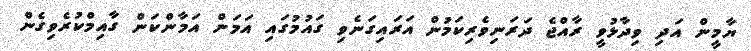
ޔާމީން އަދި ވިދާޅުވީ ރާއްޖެ ދަރަނިވެރިކަމުން އަރައިގަނެވި ގައުމުގައި އަމަން އަމާންކަން ގާއިމްކުރެވިގެން